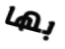
بها